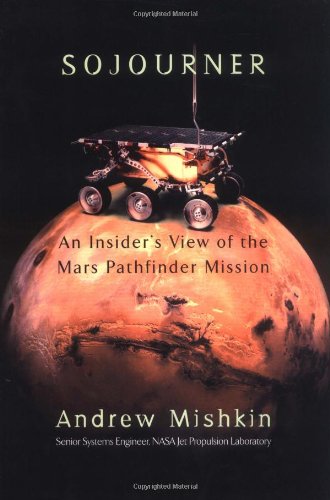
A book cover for Sojourner: An Insider's View of the Mars Pathfinder Mission; Andrew Mishkin; Science & Math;